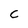
Character: C